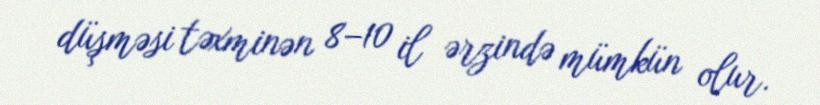
düşməsi təxminən 8–10 il ərzində mümkün olur.